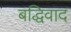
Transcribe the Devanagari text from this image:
बद्धिवाद